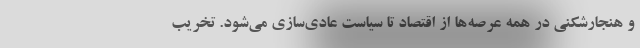
و هنجارشکنی در همه عرصه‌ها از اقتصاد تا سیاست عادی‌سازی می‌شود. تخریب